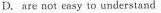
D. are not easy to understand